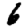
Digit: 6